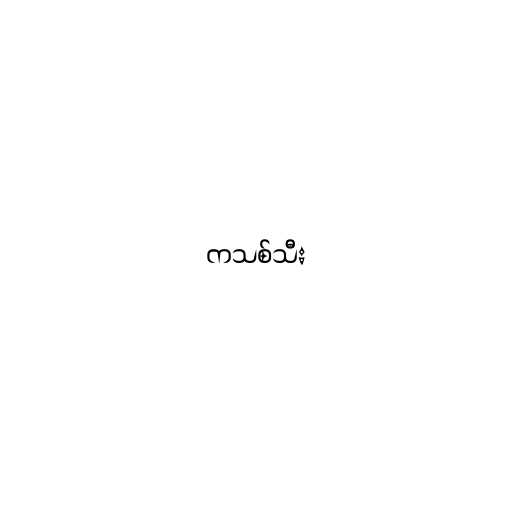
ကသစ်သီး